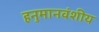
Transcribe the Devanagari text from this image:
हनुमानवंशीय